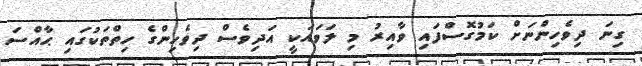
ގިނަ ދިވެހިންނަށް ކަމުގޮސްފައި ވާއިރު މި ލަވައަކީ އަދިވެސް ދިވެހިންގެ ހިތްތަކުގައި ޙާއްސަ